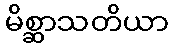
မိစ္ဆာသတိယာ